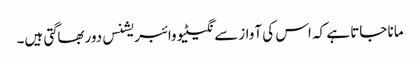
مانا جاتا ہے کہ اس کی آوازسے نگیٹیو وائبریشنس دوربھاگتی ہیں۔